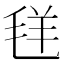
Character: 𱻋